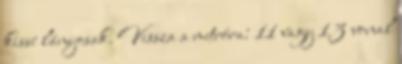
kissé lányosak. Vissza a metróra: 11 vagy 13 vonal